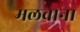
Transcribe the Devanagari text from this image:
मलवाना